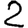
Digit: 2